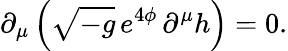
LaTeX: \partial_{\mu}\left(\sqrt{-g}\, e^{4\phi}\, \partial^{\mu}h\right)=0.